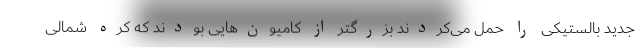
جدید بالستیکی را حمل می‌کردند بزرگتر از کامیون‌هایی بودند که کره شمالی